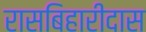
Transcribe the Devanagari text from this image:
रासबिहारीदास